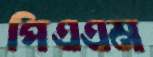
পিএএম